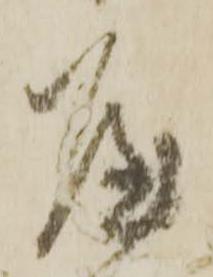
屋